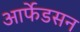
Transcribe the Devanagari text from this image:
आर्फेडसन